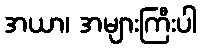
အယာ၊ အများကြီးပါ